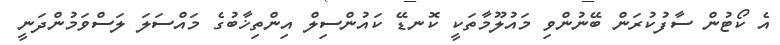
އެ ކޯޓުން ސާފުކުރަން ބޭނުންވި މައުލޫމާތަކީ ކޮނޑޭ ކައުންސިލް އިންތިޚާބުގެ މައްސަލަ ލަސްވަމުންދަނީ